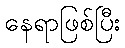
နေရာဖြစ်ပြီး